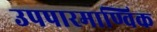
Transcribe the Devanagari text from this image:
उपपारमाण्विक